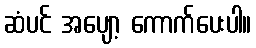
ဆံပင် အပျော့ ကောက်ပေးပါ။